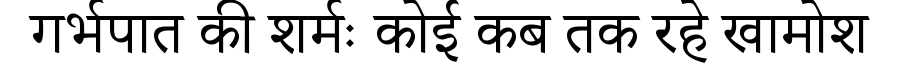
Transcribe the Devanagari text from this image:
गर्भपात की शर्मः कोई कब तक रहे खामोश